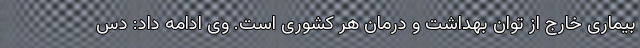
بیماری خارج از توان بهداشت و درمان هر کشوری است. وی ادامه داد: دس